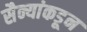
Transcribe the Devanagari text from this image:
सैन्यांकडून